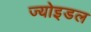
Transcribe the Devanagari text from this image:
ज्योइडल